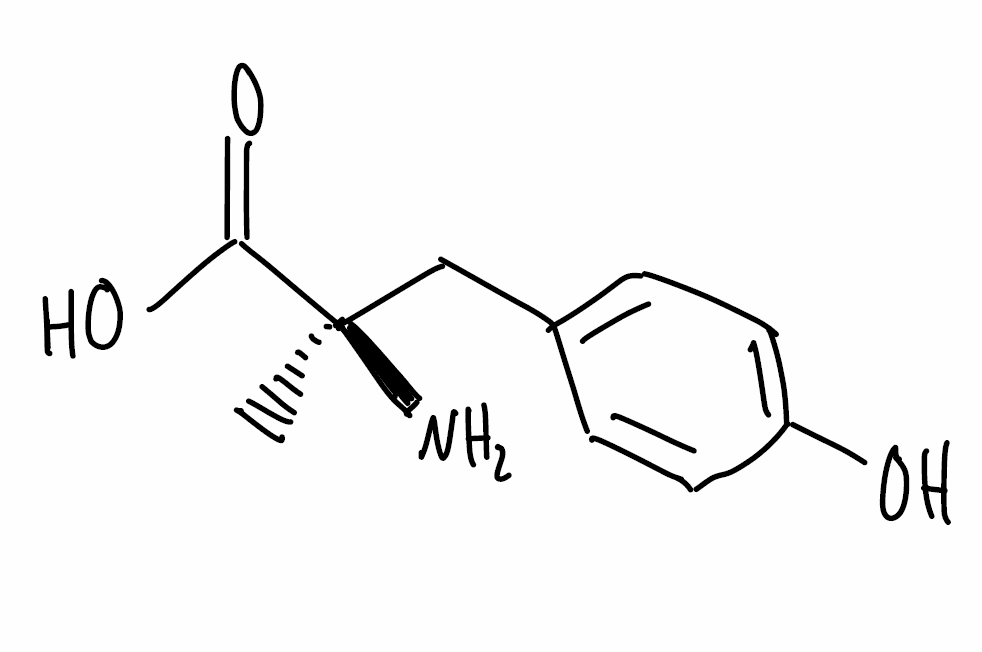
Simplified molecular-input line-entry system (SMILES) notation of the given molecule:
C[C@@](CC1=CC=C(C=C1)O)(C(=O)O)N